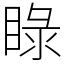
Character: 睩